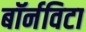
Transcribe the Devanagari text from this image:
बॉर्नविटा